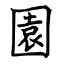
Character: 園